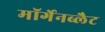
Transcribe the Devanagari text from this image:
मॉर्गेनब्लैट